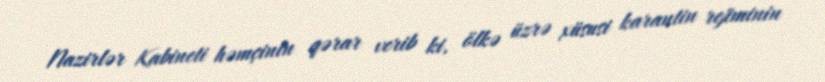
Nazirlər Kabineti həmçinin qərar verib ki, ölkə üzrə xüsusi karantin rejiminin